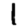
Digit: 1